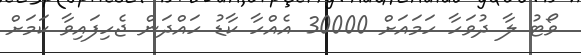
ވޯޓު ލާ ދުވަހާ ހަމައަށް 30000 އެއްހާ ކާޑު ހައްދަން ޖެހިފައިވާ ކަމަށް